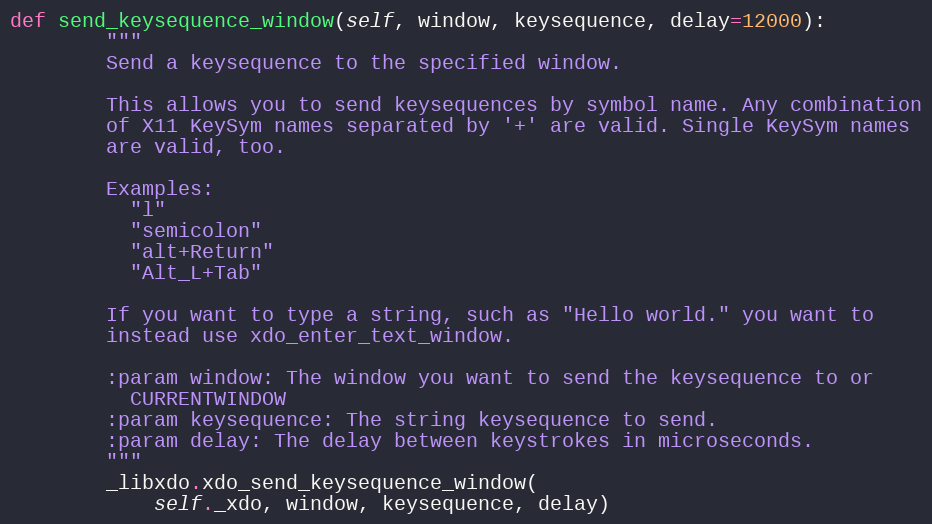
Language: Python
def send_keysequence_window(self, window, keysequence, delay=12000):
        """
        Send a keysequence to the specified window.

        This allows you to send keysequences by symbol name. Any combination
        of X11 KeySym names separated by '+' are valid. Single KeySym names
        are valid, too.

        Examples:
          "l"
          "semicolon"
          "alt+Return"
          "Alt_L+Tab"

        If you want to type a string, such as "Hello world." you want to
        instead use xdo_enter_text_window.

        :param window: The window you want to send the keysequence to or
          CURRENTWINDOW
        :param keysequence: The string keysequence to send.
        :param delay: The delay between keystrokes in microseconds.
        """
        _libxdo.xdo_send_keysequence_window(
            self._xdo, window, keysequence, delay)